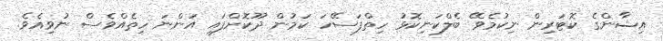
އިޝާންގެ ކޮޓަރިން ނިކުމެވޭ ބެލްކަނިކޮޅު ހިތްފަސޭހަ ކަމުން ދޫކޮށްފައި އަންނަ ހިތެއްވެސް ނުވިއެވެ.